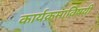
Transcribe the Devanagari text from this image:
कार्यक्रमाविषयी